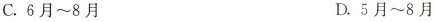
C.6月~8月 D.5月~8月